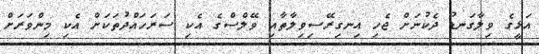
އަޅީގެ ވިލާގަނޑު ދެކުނަށް ޖެހި އިނގިރޭސިވިލާތާއި ވޭލްސްގެ އެކި ސަރަހައްދުތަކަށް އެކި މިންވަރަށް